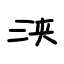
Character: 浃